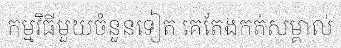
កម្មវិធីមួយចំនួនទៀត គេតែងកត់សម្គាល់